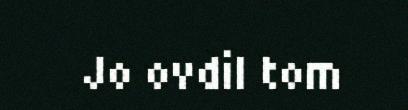
Jo ovdil tom